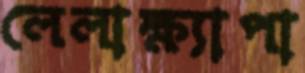
লেলাক্ষ্যাপা